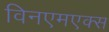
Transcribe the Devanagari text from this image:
विनएमएक्स